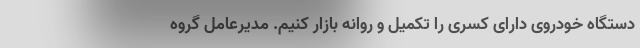
دستگاه خودروی دارای کسری را تکمیل و روانه بازار کنیم. مدیرعامل گروه